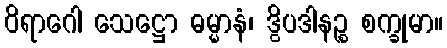
ဝိရာဂေါ သေဋ္ဌော ဓမ္မာနံ၊ ဒွိပဒါနဉ္စ စက္ခုမာ။